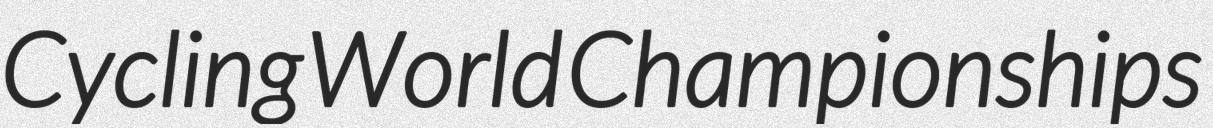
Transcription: Cycling World Championships